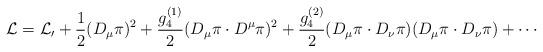
LaTeX: \begin{align*}{\cal L}={\cal L_0}+\frac{1}{2}(D_\mu\pi)^2+\frac{g_4^{(1)}}{2}(D_\mu\pi\cdot D^\mu\pi)^2 +\frac{g_4^{(2)}}{2}(D_\mu\pi\cdot D_\nu\pi)(D_\mu\pi\cdot D_\nu\pi) + \cdots\end{align*}